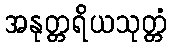
အနုတ္တရိယသုတ္တံ